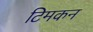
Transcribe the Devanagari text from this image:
टिमकन